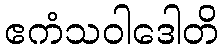
ဧကံသဝါဒေါတိ